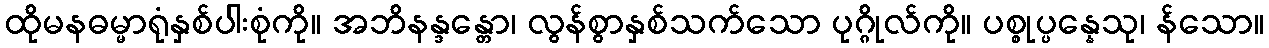
ထိုမနဓမ္မာရုံနှစ်ပါးစုံကို။ အဘိနန္ဒန္တော၊ လွန်စွာနှစ်သက်သော ပုဂ္ဂိုလ်ကို။ ပစ္စုပ္ပန္နေသု၊ န်သော။